65_HS1-834228961_62-HQ-83894_Section_10
Agency: FBI
Page 50
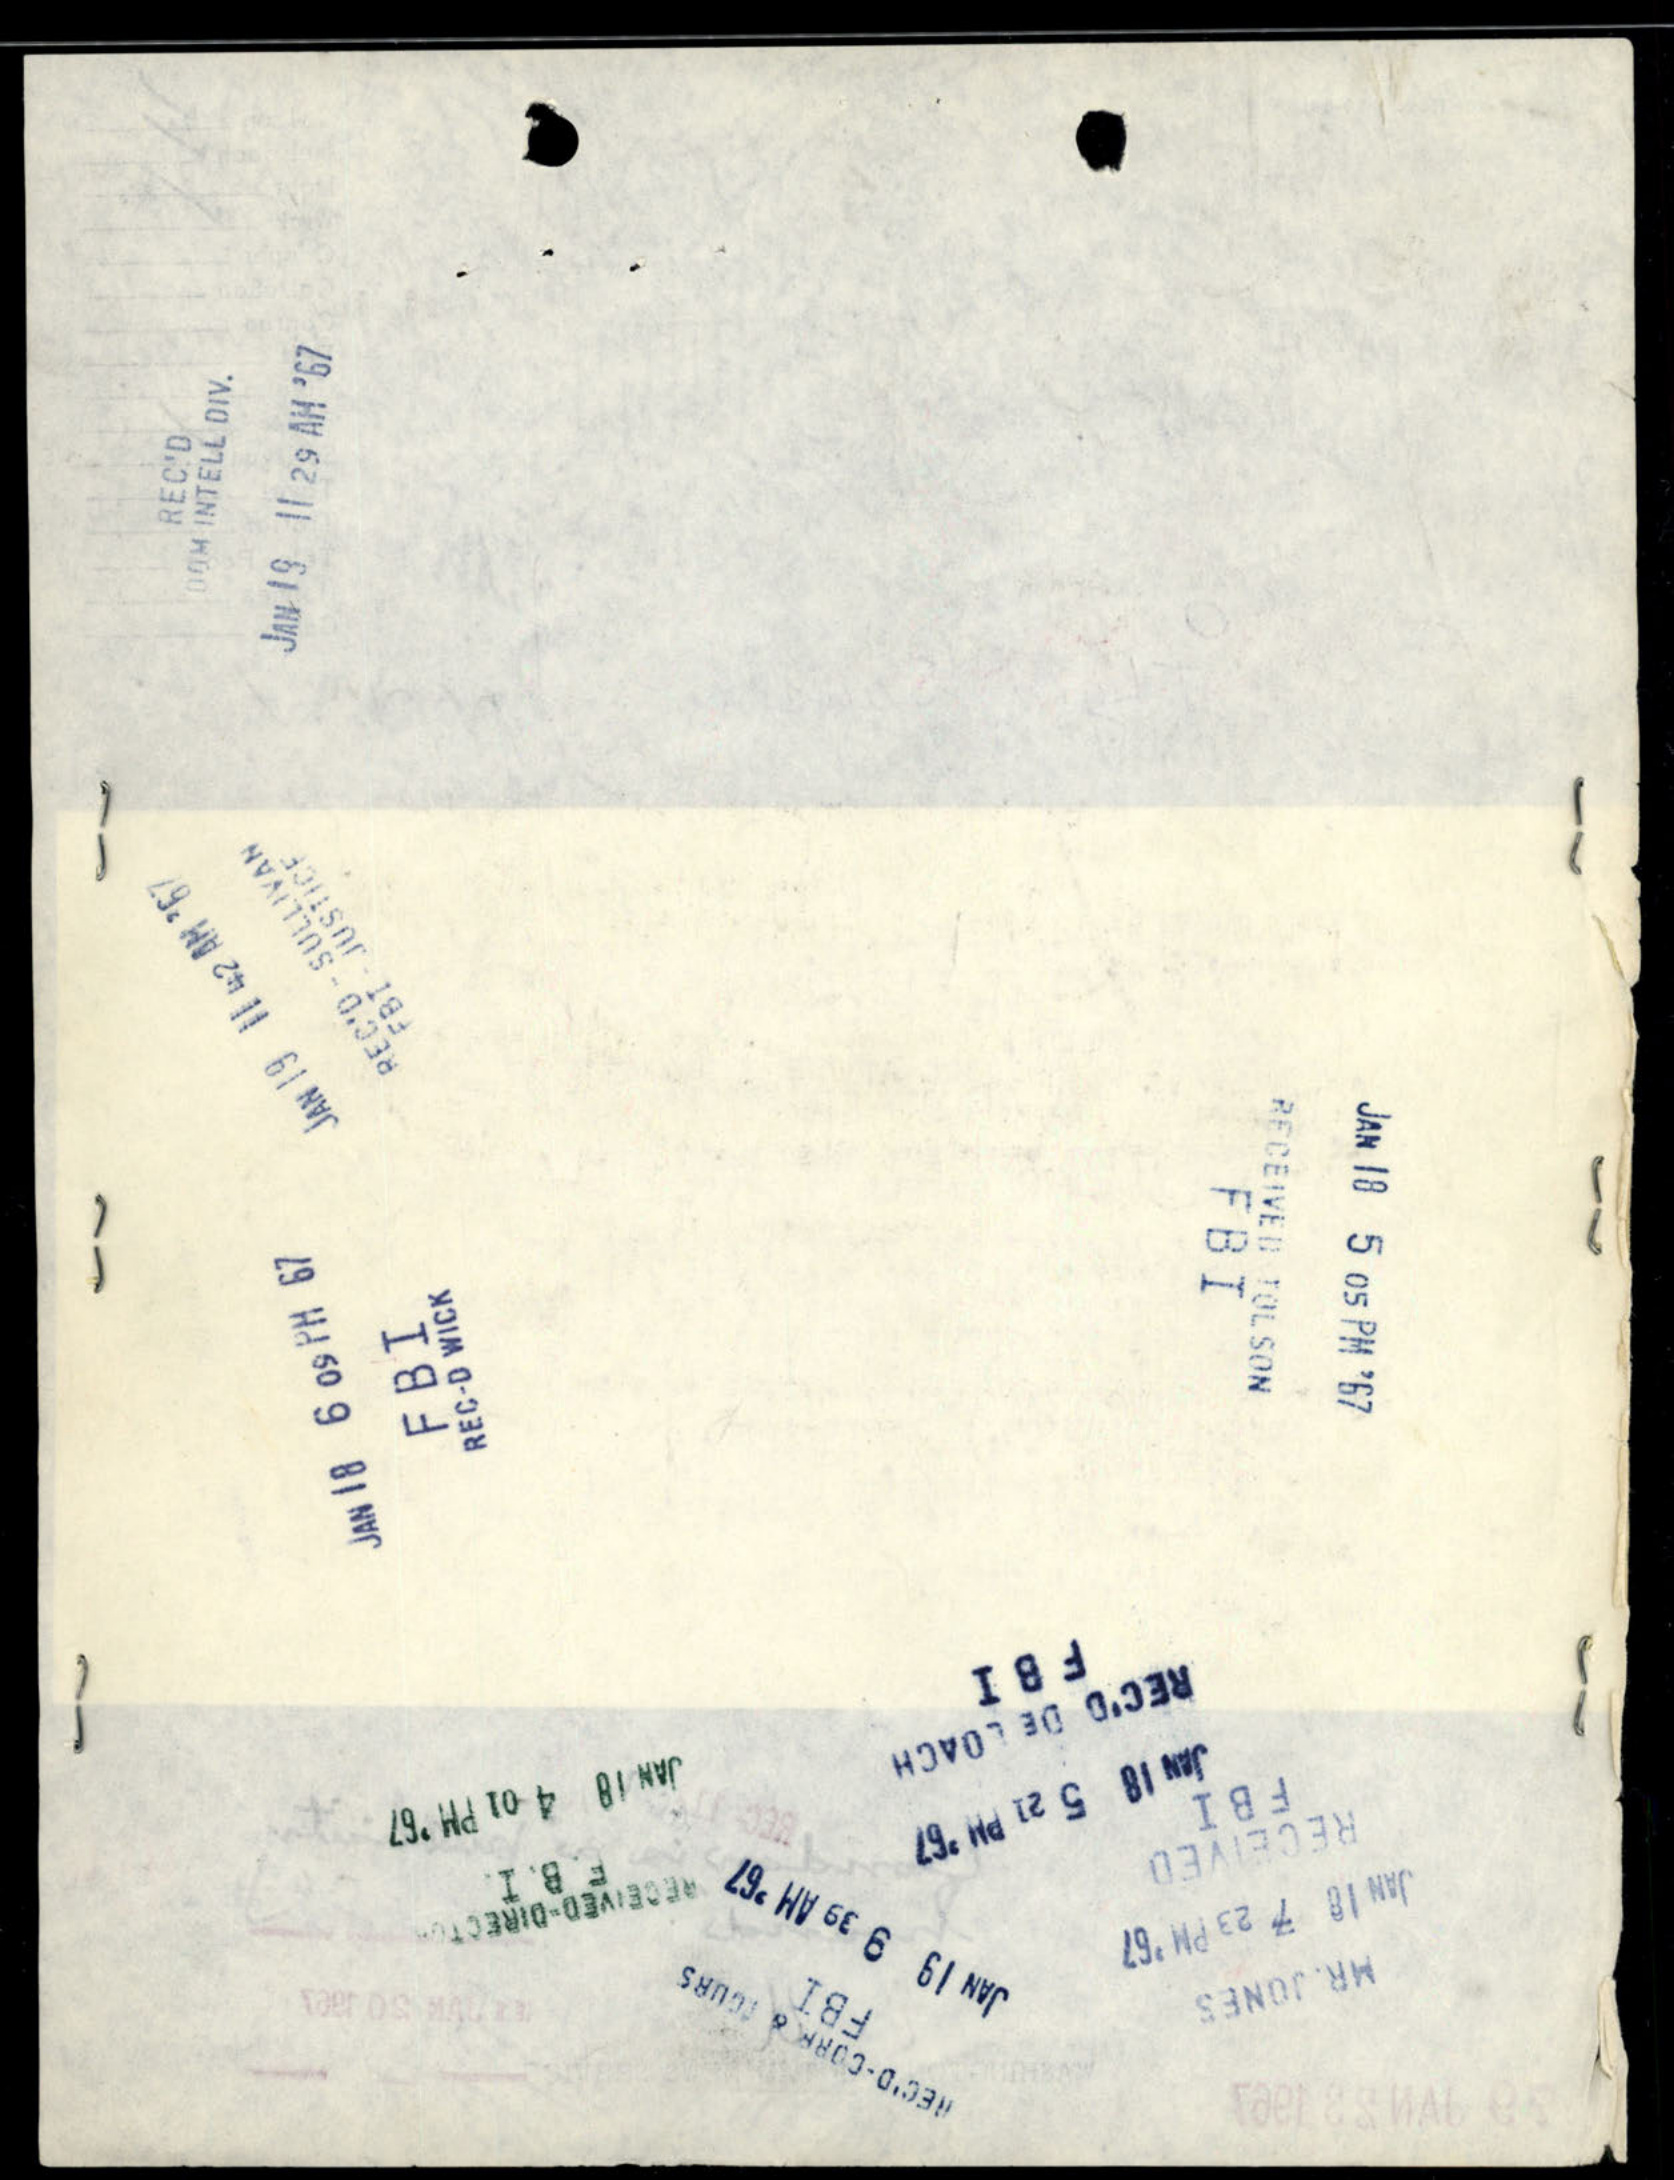